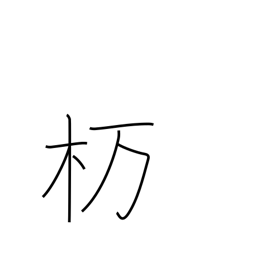
Meaning: type of oak